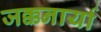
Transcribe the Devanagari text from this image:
जक्कनार्या